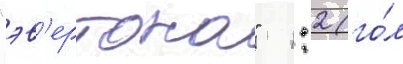
"эв'ертона"  1:2 (го́л